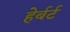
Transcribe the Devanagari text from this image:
हेर्बर्ट